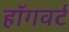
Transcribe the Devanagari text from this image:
हॉगवर्ट